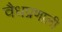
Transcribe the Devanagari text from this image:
वैधप्रणाली